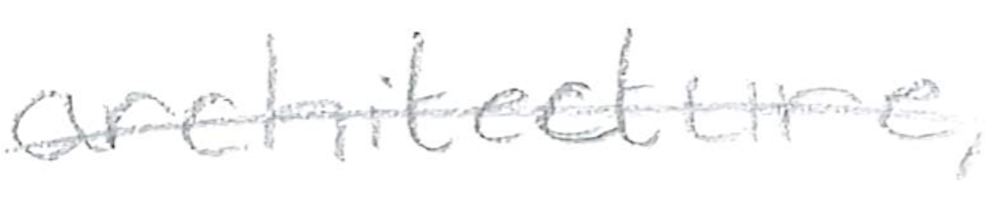
Text: architecture,
Cross-out: single-line
Writing tool: pencil